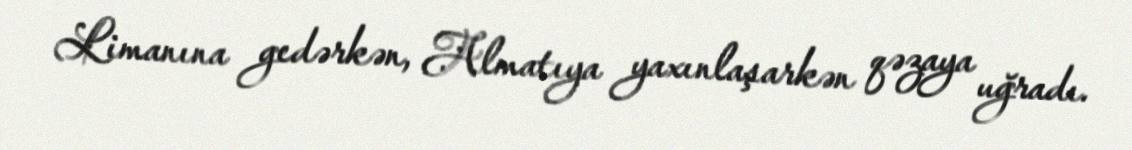
Limanına gedərkən, Almatıya yaxınlaşarkən qəzaya uğradı.